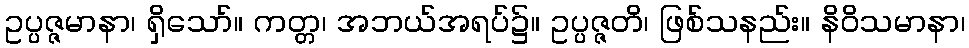
ဥပ္ပဇ္ဇမာနာ၊ ရှိသော်။ ကတ္တ၊ အဘယ်အရပ်၌။ ဥပ္ပဇ္ဇတိ၊ ဖြစ်သနည်း။ နိဝိသမာနာ၊